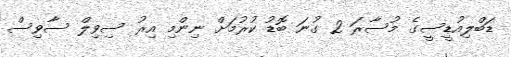
ޑަބްލިއުޑީސީގެ މުސާރަ 2 ގުނަ ބޮޑު ކުރުމަށް ނިންމި އިރު ސިވިލް ސާވިސް